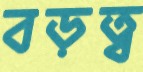
বড়ত্ব